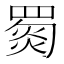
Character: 𦋴